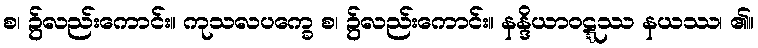
စ၊ ၌လည်းကောင်း။ ကုသလပက္ခေ စ၊ ၌လည်းကောင်း။ နန္ဒိယာဝဋ္ဋဿ နယဿ၊ ၏။